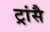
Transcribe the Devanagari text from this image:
ट्रांसै